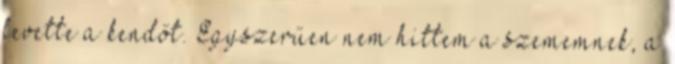
levette a kendőt. Egyszerűen nem hittem a szememnek, a